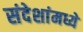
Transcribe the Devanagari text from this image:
संदेशांमध्ये